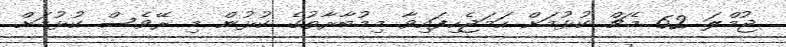
ޖުމްލަ 62 މެޗް ކުޅުމަށް ހަމަޖެހިފައިވާ މިމުބާރާތުގެ ކުޅުން މި ރޭވެސް ކުޅުމަށް